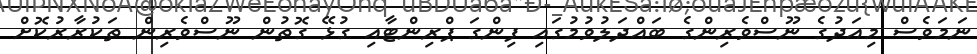
ނަމަވެސް މިއަދުގެ ނޫސްވެރިންގެ ބައްދަލުވުމުގައި ފިންގަ ޕްރިންޓާއި ގުޅޭ ގޮތުން ނޫސްވެރިން ތަކުރާރުކޮށް